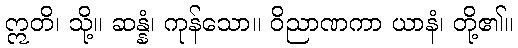
ဣတိ၊ သို့။ ဆန္နံ၊ ကုန်သော။ ဝိညာဏကာ ယာနံ၊ တို့၏။